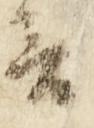
言